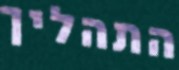
התהליך